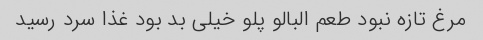
مرغ تازه نبود طعم البالو پلو خیلی بد بود غذا سرد رسید